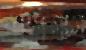
পম্পিলাস